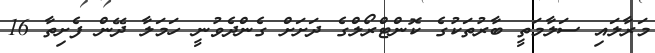
މަރާލައި ސަލާމަތީ ބާރުތަކުގެ ކޮންޓްރޯލްގެ ދަށަށް ގެންދެވުނީ ހަމަލާ ދޭން ފެށިތާ 16